Lunatic asylums Madras 1877-1891 - 1877-1891
Year: 1877
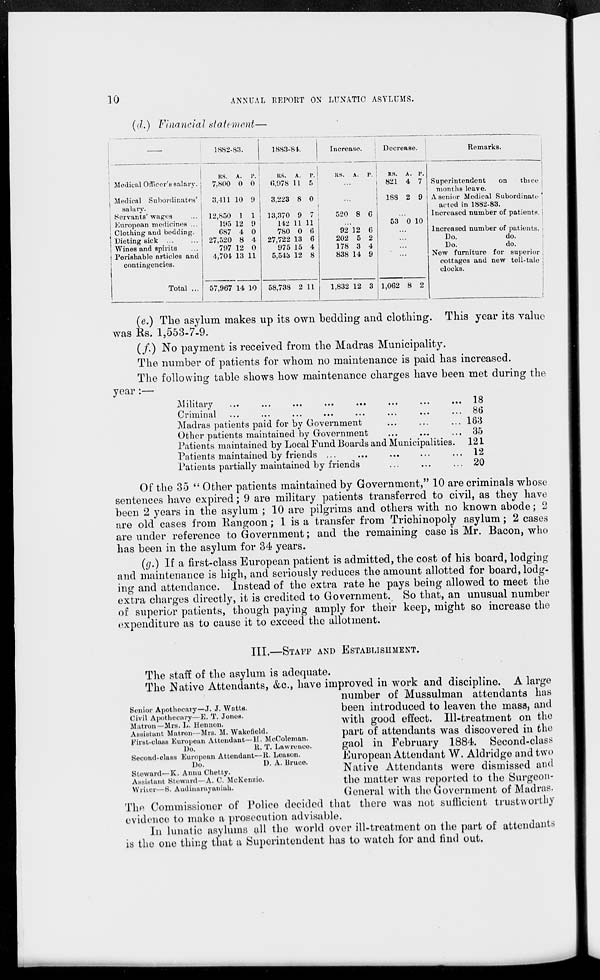
10
ANNUAL REPORT ON LUNATIC ASYLUMS.
(d.) Financial statement—
Medical Officer's salary.
Medical Subordinates'
salary.
Servants' wages
European medicines ...
Clothing and bedding.
Dieting sick ...
Wines and spirits
Perishable articles and
contingencies.
Total ...
1882-83.
RS.
7,800
3,411
12,850
195
687
27,520
797
4,704
57,967
A.
0
10
1
12
4
8
12
13
14
P.
0
9
1
9
0
4
0
11
10
1883-84.
RS.
6,978
3,223
13,370
142
780
27,722
975
5,543
58,738
A.
11
8
9
11
0
13
15
12
2
P.
5
0
7
11
6
6
4
8
11
Increase.
RS. A. P.
...
...
520 8 6
...
92
202
178
838
1,832
12
5
3
14
12
6
2
4
9
3
Decrease.
RS.
821
188
A.
4
2
P.
7
9
...
53 0 10
...
...
...
1,062 8 2
Remarks.
Superintendent
on
three
months leave.
A senior Medical Subordinate
acted in 1882-83.
Increased number of patient p.
Increased number of patients.
Do.
do.
Do.
do.
New furniture for superior
cottages and new tell-tale
clocks.
(e.) The asylum makes up its own bedding and clothing. This year its value
was Rs. 1,553-7-9.
(f.) No payment is received from the Madras Municipality.
The number of patients for whom no maintenance is paid has increased.
The following table shows how maintenance charges have been met during the
year:—
Military
...
...
...
...
...
...
...
...
Criminal ... ... ... ... ... ... ... ...
Madras patients paid for by Government... ... ...
Other patients maintained by Government... ... ...
Patients maintained by Local Fund Boards and Municipalities.
Patients maintained by friends ...
... ... ... ...
Patients partially maintained by friends... ... ...
18
86
163
35
121
12
20
Of the 35 " Other patients maintained by Government," 10 are criminals whose
sentences have expired; 9 are military patients transferred to civil, as they have
been 2 years in the asylum ; 10 are pilgrims and others with no known abode; 2
are old cases from Rangoon; 1 is a transfer from Trichinopoly asylum; 2 cases
are under reference to Government; and the remaining case is Mr. Bacon, who
has been in the asylum for 34 years.
(g.) If a first-class European patient is admitted, the cost of his board, lodging
and maintenance is high, and seriously reduces the amount allotted for board, lodg-
ing and attendance. Instead of the extra rate he pays being allowed to meet the
extra charges directly, it is credited to Government. So that, an unusual number
of superior patients, though paying amply for their keep, might so increase the
expenditure as to cause it to exceed the allotment.
III.—STAFF AND ESTABLISHMENT.
The staff of the asylum is adequate.
Senior Apothecary—J. J. Watts.
Civil Apothecary—E. T. Jones.
Matron—Mrs. L. Hennon.
Assistant Matron—Mrs. M. Wakefield.
First-class European Attendant—H. McColeman.
Do.
R.
T. Lawrence.
Second-class European Attendant—R. Leason.
Do.
D. A. Bruce.
Steward—K. Annu Chetty.
Assistant Steward—A. C. McKenzie.
Writer—S. Audinarayaniah.
The Native Attendants, &c., have improved in work and discipline. A large
number of Mussulman attendants has
been introduced to leaven the mass, and
with good effect. Ill-treatment on the
part of attendants was discovered in the
gaol in February 1884. Second-class
European Attendant W. Aldridge and two
Native Attendants were dismissed and
the matter was reported to the Surgeon-
General with the Government of Madras.
The Commissioner of Police decided that there was not sufficient trustworthy
evidence to make a prosecution advisable.
In lunatic asylums all the world over ill-treatment on the part of attendants
is the one thing that a Superintendent has to watch for and find out.